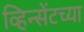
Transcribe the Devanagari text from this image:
व्हिन्सेंटच्या